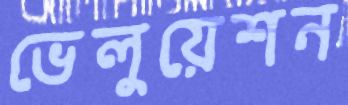
ভেলুয়েশন